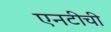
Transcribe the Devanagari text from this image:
एनटीची